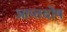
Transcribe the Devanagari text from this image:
आप्तदोष